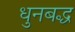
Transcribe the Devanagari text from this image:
धुनबद्ध